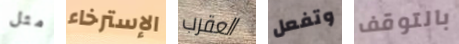
مثل الإسترخاء العقرب وتفعل بالتوقف